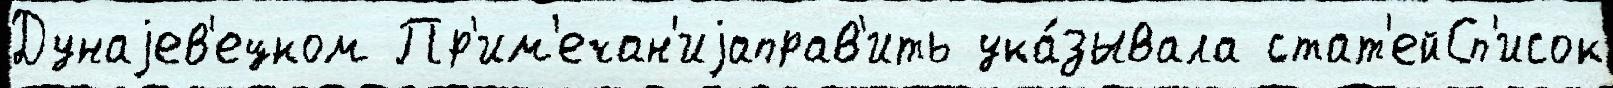
Дунаjев'ецком Пр'им'ечан'иjаправ'ить ука́зывала стат'ейСп'исок